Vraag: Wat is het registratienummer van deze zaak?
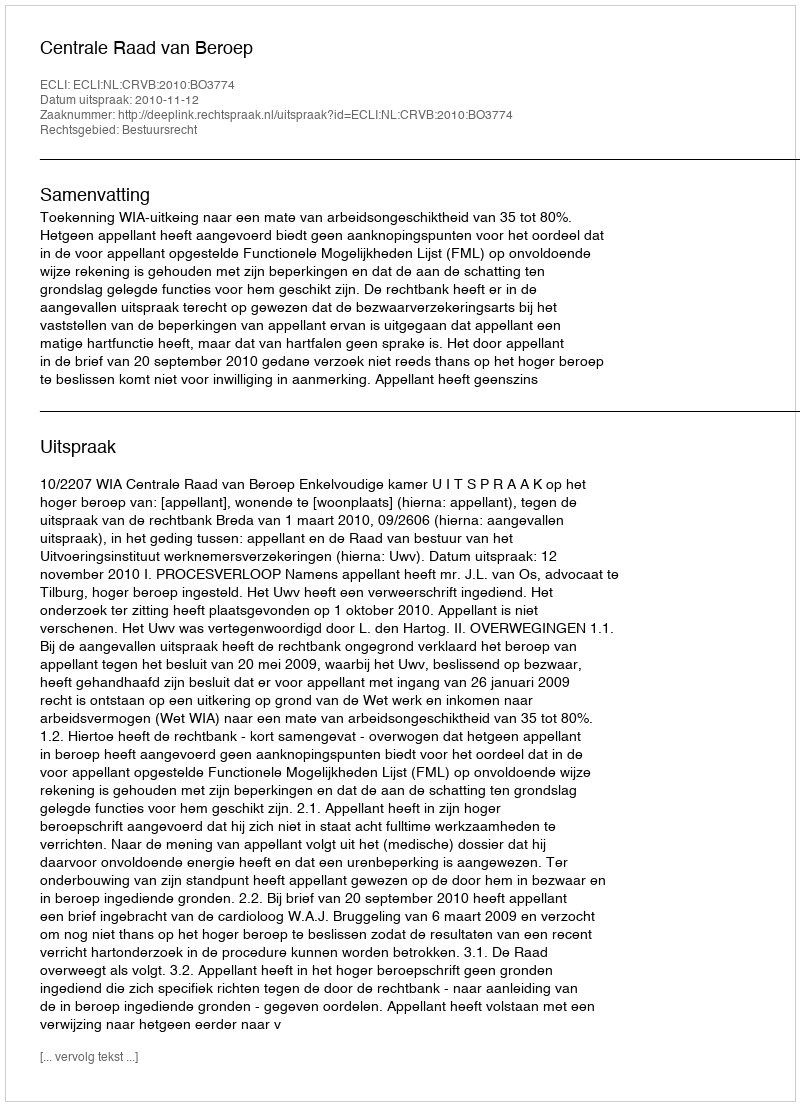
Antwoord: http://deeplink.rechtspraak.nl/uitspraak?id=ECLI:NL:CRVB:2010:BO3774